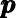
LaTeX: \pmb{p}